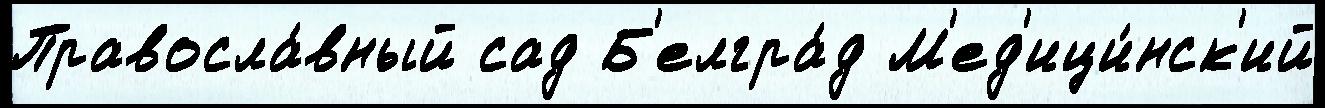
Правосла́вный сад Б'елгра́д М'ед'ици́нск'ий